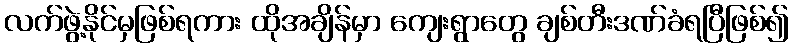
လက်ဖွဲ့နိုင်မှဖြစ်ရကား ထိုအချိန်မှာ ကျေးရွာတွေ ချစ်တီးဒဏ်ခံရပြီဖြစ်၍